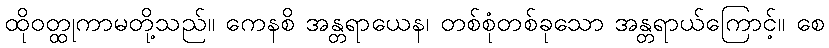
ထိုဝတ္ထုကာမတို့သည်။ ကေနစိ အန္တရာယေန၊ တစ်စုံတစ်ခုသော အန္တရာယ်ကြောင့်။ စေ